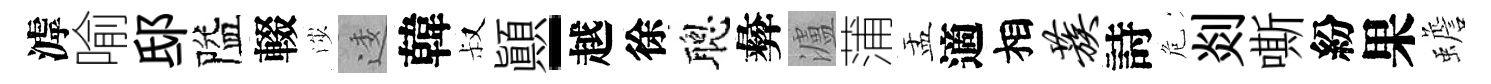
滹喻邸隘輟渉逶韓叔顚-越徐聰彜瀘蒲盂適相蔟詩危剡嘶紛果蟾